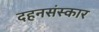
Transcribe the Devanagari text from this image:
दहनसंस्कार